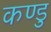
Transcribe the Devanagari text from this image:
कण्डु